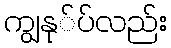
ကျွနု်ပ်လည်း